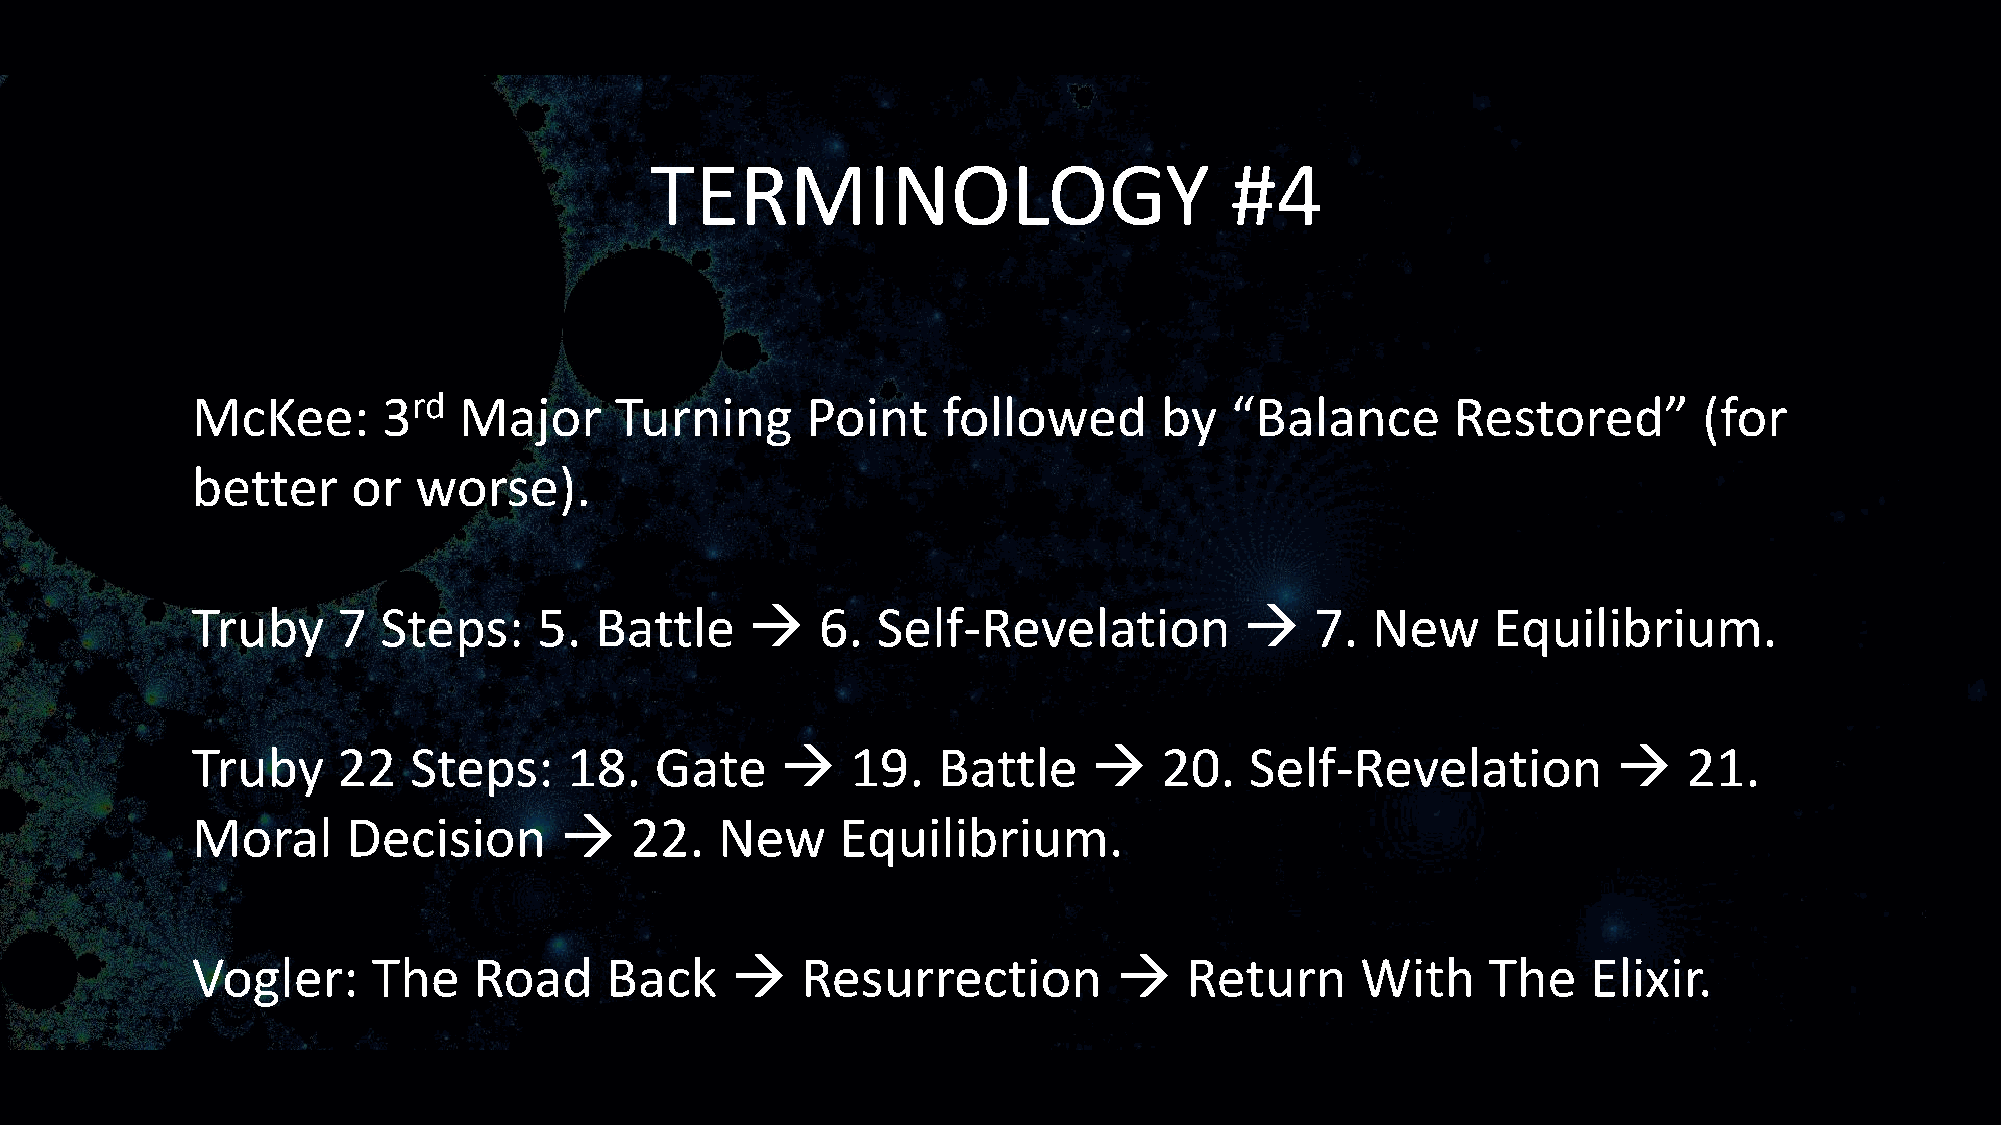
TERMINOLOGY                           #4
 McKee:      3rd  Major      Turning     Point    followed       by  “Balance       Restored”        (for
 better    or  worse).
 Truby    7  Steps:     5. Battle     →   6.  Self-Revelation         →    7.  New     Equilibrium.
 Truby    22   Steps:     18.  Gate     →   19.   Battle    →    20.   Self-Revelation         →    21.
 Moral     Decision      →    22.   New     Equilibrium.
 Vogler:     The   Road     Back    →    Resurrection         →   Return      With     The   Elixir.